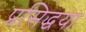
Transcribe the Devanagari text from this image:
प्रसिद्धया